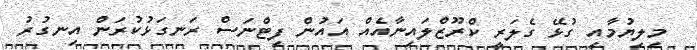
މިލިޔުމާއި ގުޅޭ ގެލަރީ ކްރޫޒްލައިނާއެއް އައުން ފިޓްނަސް ރަނގަޅުކުރަން އިނގުރު